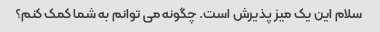
سلام این یک میز پذیرش است. چگونه می توانم به شما کمک کنم؟